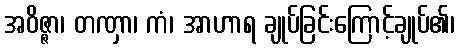
အဝိဇ္ဇာ၊ တဏှာ၊ ကံ၊ အာဟာရ ချုပ်ခြင်းကြောင့်ချုပ်၏၊